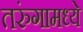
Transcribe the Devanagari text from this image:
तरुंगामध्ये